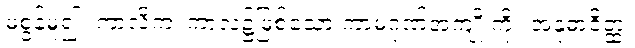
မစွန့်မူ၍။ ကာလိကံ၊ ကာလ၌ဖြစ်သော ကာမဂုဏ်အကျိုးကို။ အနုဓာဝိတ္ထ၊